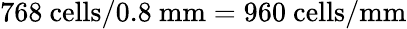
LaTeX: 768~\mathrm{cells/0.8~mm}=960~\mathrm{cells/mm}